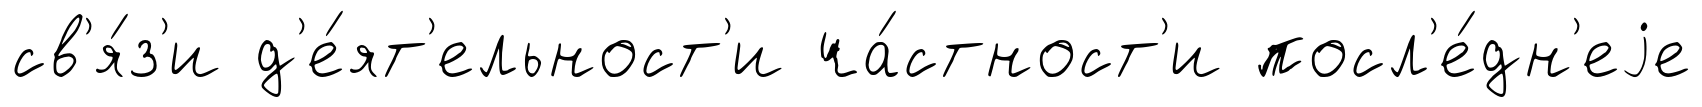
св'я́з'и д'е́ят'ельност'и ча́стност'и посл'е́дн'еjе